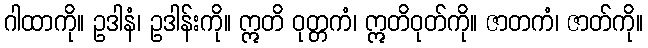
ဂါထာကို။ ဥဒါနံ၊ ဥဒါန်းကို။ ဣတိ ဝုတ္တကံ၊ ဣတိဝုတ်ကို။ ဇာတကံ၊ ဇာတ်ကို။